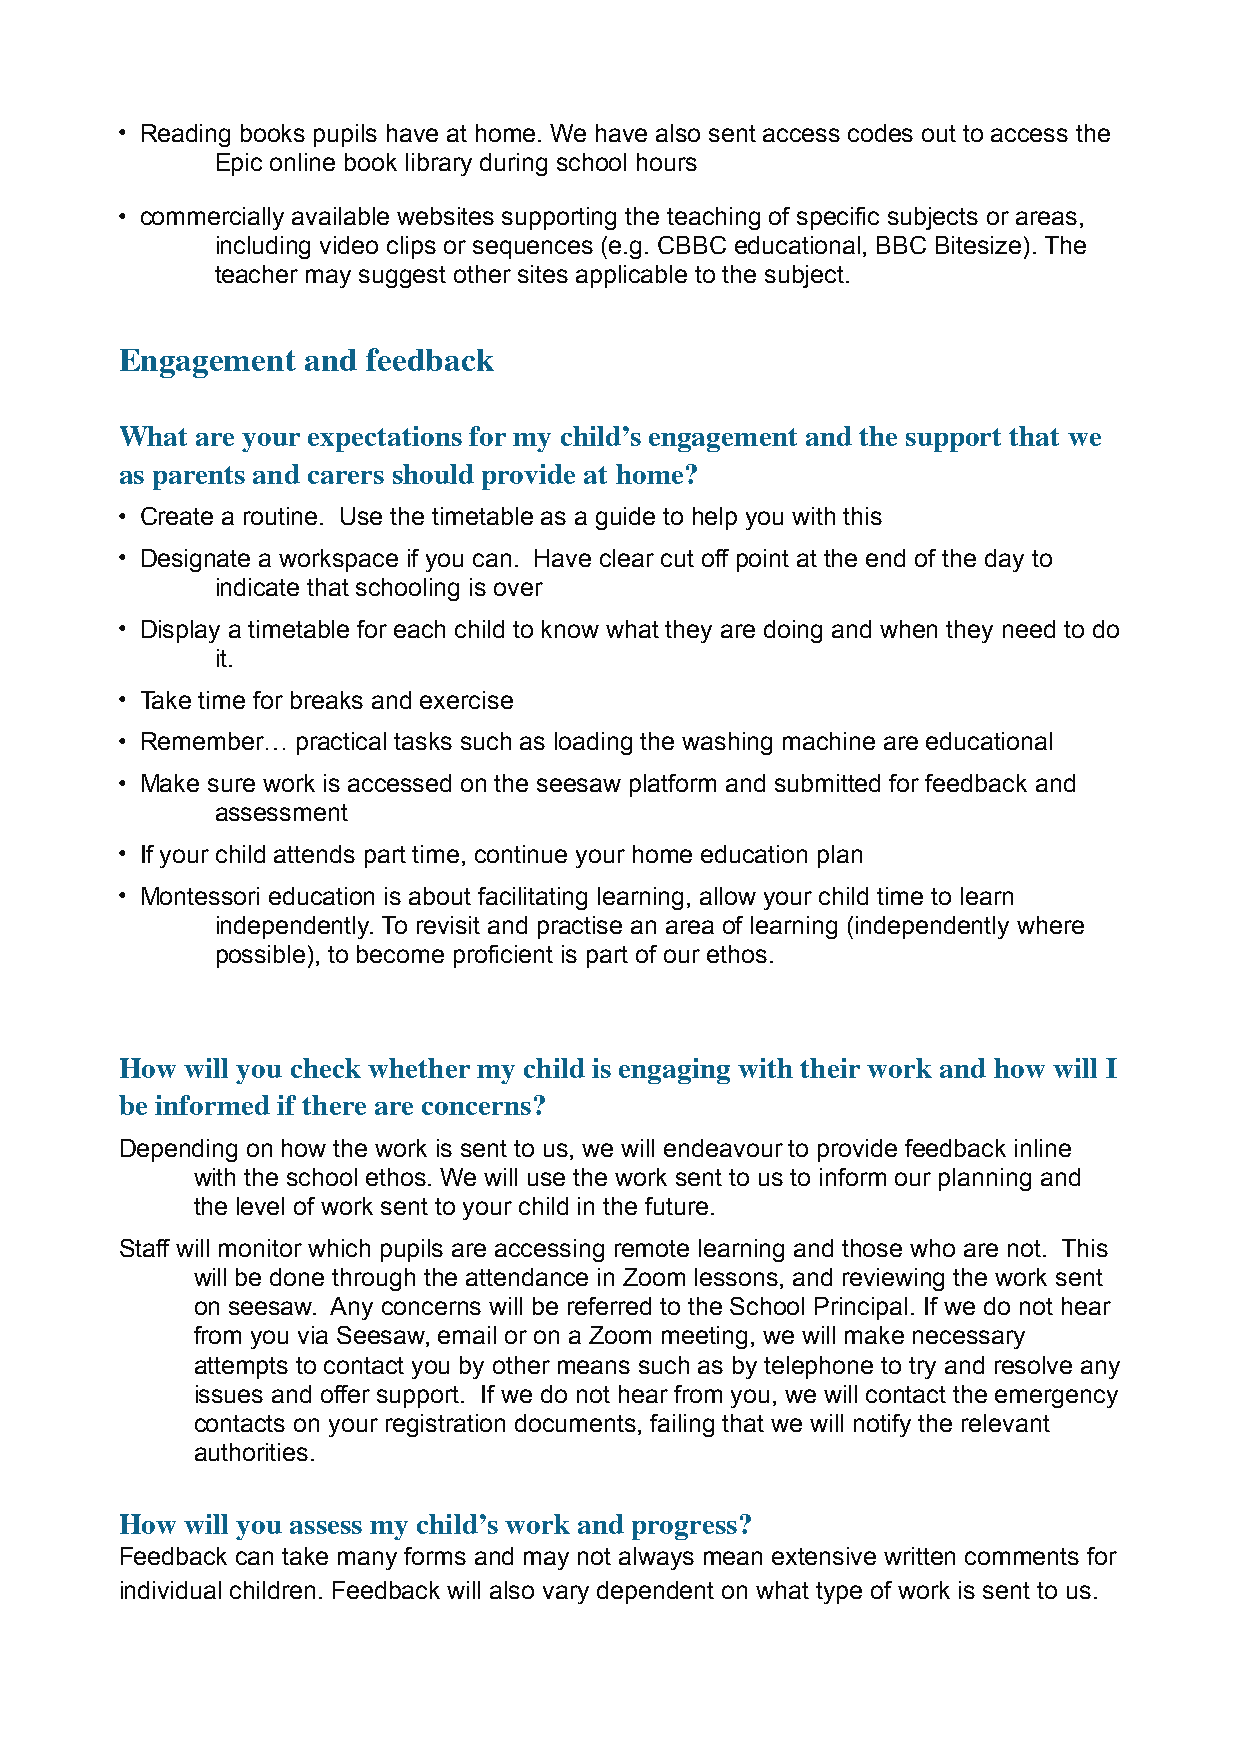
• Reading books pupils have at home. We have also sent access codes out to access the
 Epic online book library during school hours
 • commercially available websites supporting the teaching of specific subjects or areas,
 including video clips or sequences (e.g. CBBC educational, BBC Bitesize). The
 teacher may suggest other sites applicable to the subject.
 Engagement  and feedback
 What are your expectations for my child’s engagement and the support that we
 as parents and carers should provide at home?
 • Create a routine. Use the timetable as a guide to help you with this
 • Designate a workspace if you can. Have clear cut off point at the end of the day to
 indicate that schooling is over
 • Display a timetable for each child to know what they are doing and when they need to do
 it.
 • Take time for breaks and exercise
 • Remember… practical tasks such as loading the washing machine are educational
 • Make sure work is accessed on the seesaw platform and submitted for feedback and
 assessment
 • If your child attends part time, continue your home education plan
 • Montessori education is about facilitating learning, allow your child time to learn
 independently. To revisit and practise an area of learning (independently where
 possible), to become proficient is part of our ethos.
 How will you check whether my child is engaging with their work and how will I
 be informed if there are concerns?
 Depending on how the work is sent to us, we will endeavour to provide feedback inline
 with the school ethos. We will use the work sent to us to inform our planning and
 the level of work sent to your child in the future.
 Staff will monitor which pupils are accessing remote learning and those who are not. This
 will be done through the attendance in Zoom lessons, and reviewing the work sent
 on seesaw. Any concerns will be referred to the School Principal. If we do not hear
 from you via Seesaw, email or on a Zoom meeting, we will make necessary
 attempts to contact you by other means such as by telephone to try and resolve any
 issues and offer support. If we do not hear from you, we will contact the emergency
 contacts on your registration documents, failing that we will notify the relevant
 authorities.
 How will you assess my child’s work and progress?
 Feedback can take many forms and may not always mean extensive written comments for
 individual children. Feedback will also vary dependent on what type of work is sent to us.